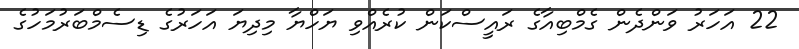
22 އަހަރު ވަންދެން ގެމްބިއާގެ ރައީސްކަން ކުރެއްވި ޔަހްޔާ މިދިޔަ އަހަރުގެ ޑިސެމްބަރުމަހުގެ